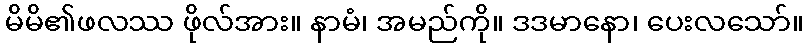
မိမိ၏ဖလဿ ဖိုလ်အား။ နာမံ၊ အမည်ကို။ ဒဒမာနော၊ ပေးလသော်။